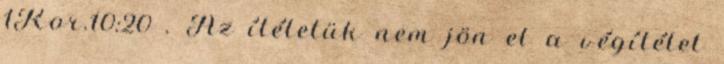
1Kor.10:20 . Az ítéletük nem jön el a végítélet